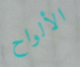
الألواح